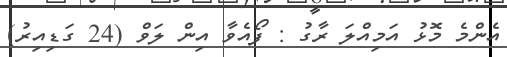
އެންމެ މޮޅު އަމިއްލަ ރާގު : ފޯއެވާ އިން ލަވް (24 ގަޑިއިރު)